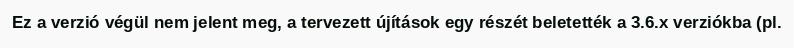
Ez a verzió végül nem jelent meg, a tervezett újítások egy részét beletették a 3.6.x verziókba (pl.